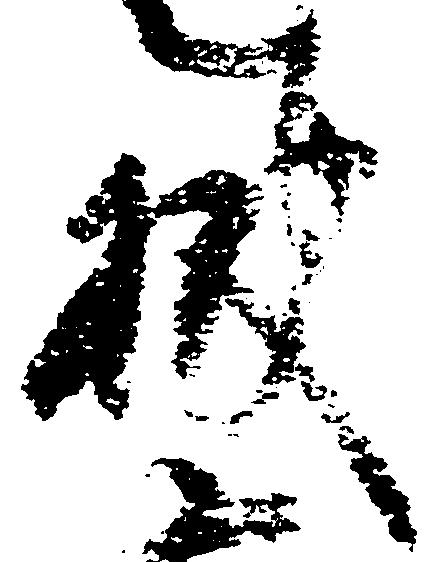
披